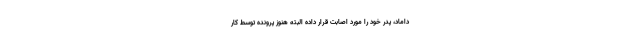
داماد، پدر خود را مورد اصابت قرار داده البته هنوز پرونده توسط کار